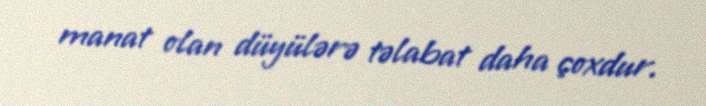
manat olan düyülərə təlabat daha çoxdur.